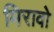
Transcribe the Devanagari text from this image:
मिरावो